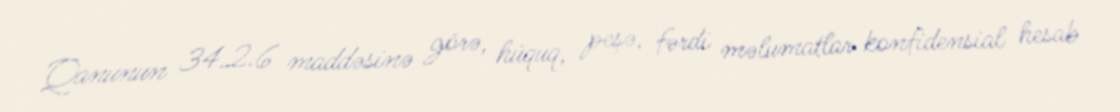
Qanunun 34.2.6 maddəsinə görə, hüquq, peşə, fərdi məlumatlar konfidensial hesab